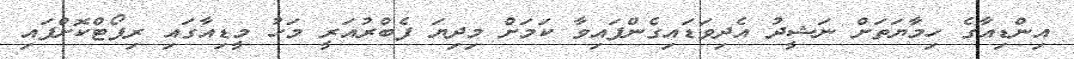
އިންޑިއާގެ ހިމާޔަތަށް ނަޝީދު އެދިވަޑައިގެންފައިވާ ކަމަށް މިދިޔަ ފެބްރުއަރީ މަހު މީޑިއާގައި ރިޕޯޓްކޮށްފައި